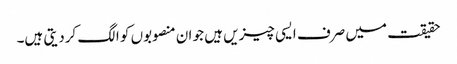
حقیقت میں صرف ایسی چیزیں ہیں جو ان منصوبوں کو الگ کردیتی ہیں۔